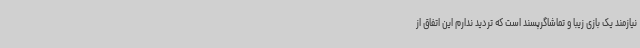
نیازمند یک بازی زیبا و تماشاگرپسند است که تردید ندارم این اتفاق از